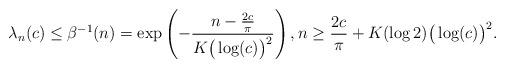
LaTeX: \begin{align*}\lambda_n(c) \leq \beta^{-1}(n)=\exp\left(-\frac{n-\frac{2c}{\pi}}{K \big(\log(c)\big)^2}\right),n\geq \frac{2c}{\pi}+ K (\log 2)\big(\log(c)\big)^2 .\end{align*}